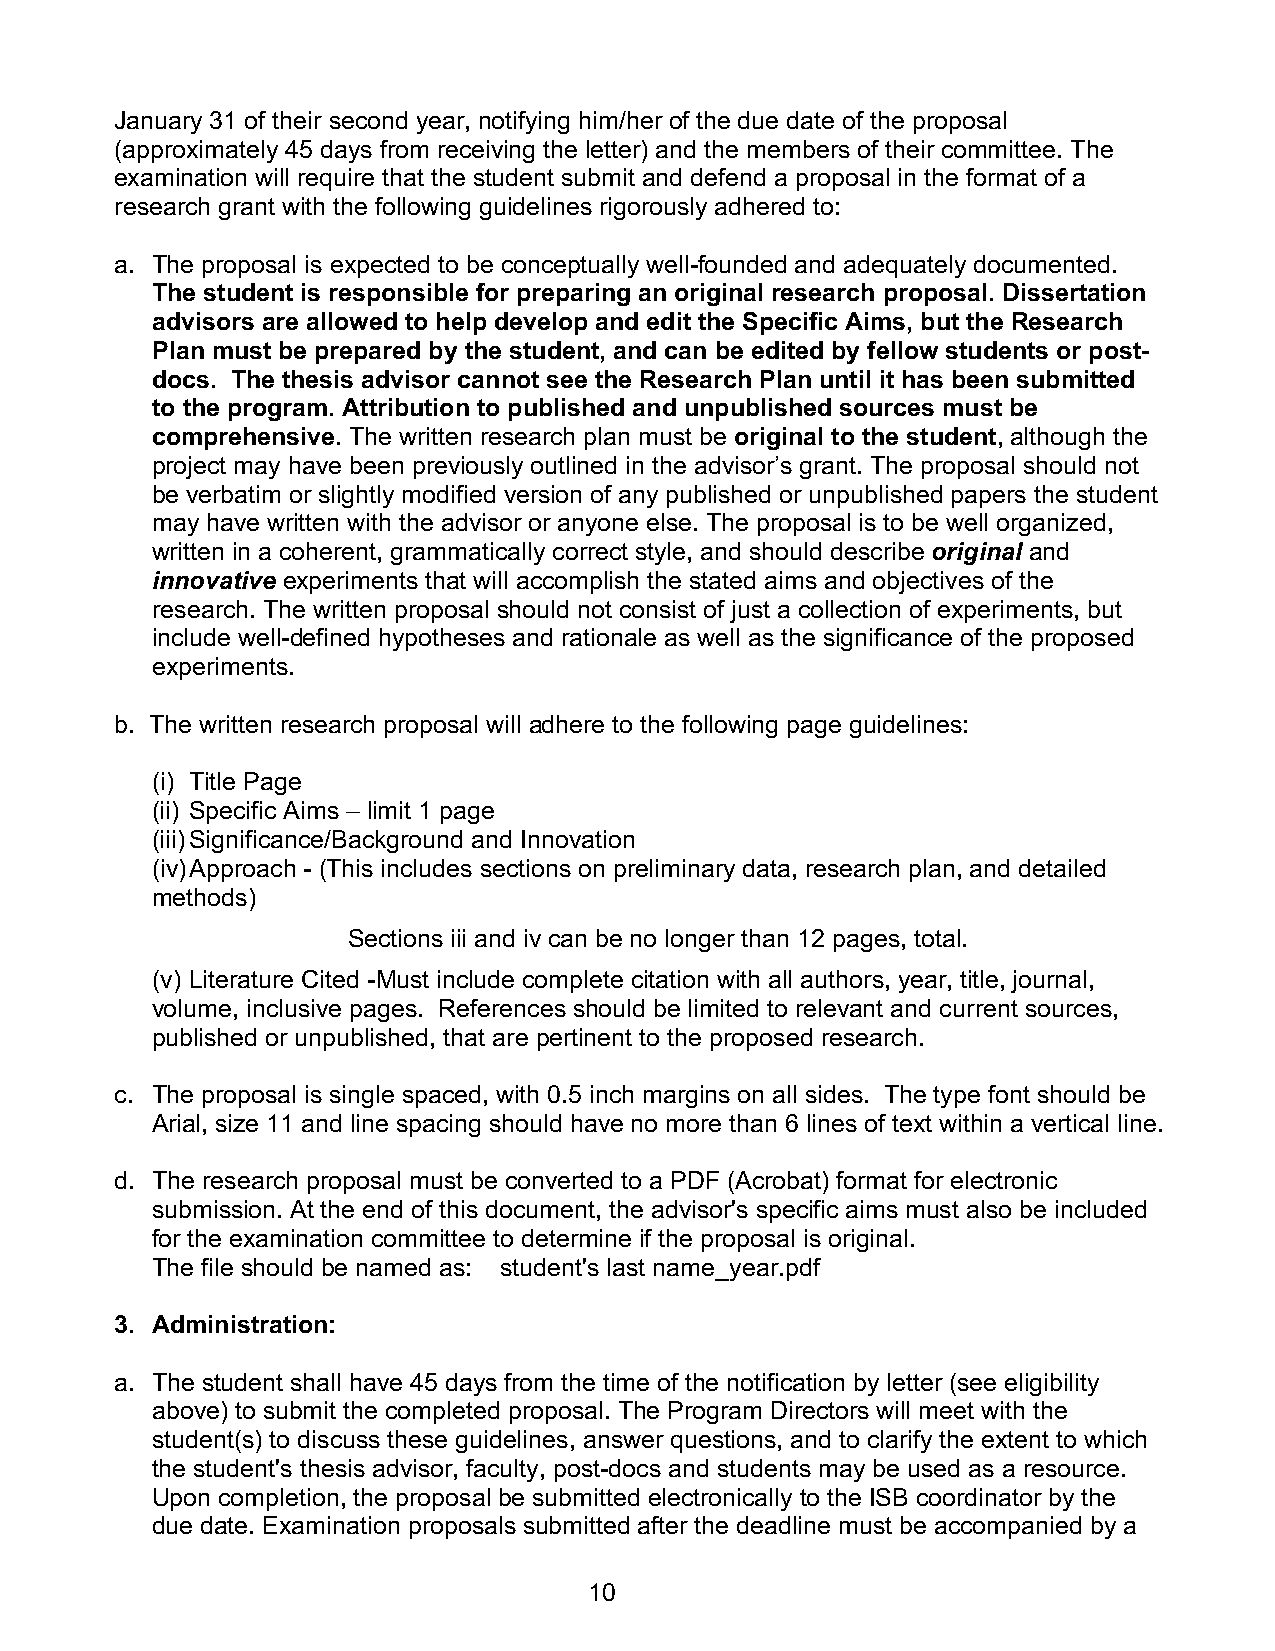
January 31 of their second year, notifying him/her of the due date of the proposal
 (approximately 45 days from receiving the letter) and the members of their committee. The
 examination will require that the student submit and defend a proposal in the format of a
 research grant with the following guidelines rigorously adhered to:
 a. The proposal is expected to be conceptually well-founded and adequately documented.
 The student is responsible for preparing an original research proposal. Dissertation
 advisors are allowed to help develop and edit the Specific Aims, but the Research
 Plan must be prepared by the student, and can be edited by fellow students or post-
 docs. The thesis advisor cannot see the Research Plan until it has been submitted
 to the program. Attribution to published and unpublished sources must be
 comprehensive. The written research plan must be original to the student, although the
 project may have been previously outlined in the advisor’s grant. The proposal should not
 be verbatim or slightly modified version of any published or unpublished papers the student
 may have written with the advisor or anyone else. The proposal is to be well organized,
 written in a coherent, grammatically correct style, and should describe original and
 innovative experiments that will accomplish the stated aims and objectives of the
 research. The written proposal should not consist of just a collection of experiments, but
 include well-defined hypotheses and rationale as well as the significance of the proposed
 experiments.
 b. The written research proposal will adhere to the following page guidelines:
 (i) Title Page
 (ii) Specific Aims – limit 1 page
 (iii) Significance/Background and Innovation
 (iv) Approach - (This includes sections on preliminary data, research plan, and detailed
 methods)
 Sections iii and iv can be no longer than 12 pages, total.
 (v) Literature Cited -Must include complete citation with all authors, year, title, journal,
 volume, inclusive pages. References should be limited to relevant and current sources,
 published or unpublished, that are pertinent to the proposed research.
 c. The proposal is single spaced, with 0.5 inch margins on all sides. The type font should be
 Arial, size 11 and line spacing should have no more than 6 lines of text within a vertical line.
 d. The research proposal must be converted to a PDF (Acrobat) format for electronic
 submission. At the end of this document, the advisor's specific aims must also be included
 for the examination committee to determine if the proposal is original.
 The file should be named as: student's last name_year.pdf
 3. Administration:
 a. The student shall have 45 days from the time of the notification by letter (see eligibility
 above) to submit the completed proposal. The Program Directors will meet with the
 student(s) to discuss these guidelines, answer questions, and to clarify the extent to which
 the student's thesis advisor, faculty, post-docs and students may be used as a resource.
 Upon completion, the proposal be submitted electronically to the ISB coordinator by the
 due date. Examination proposals submitted after the deadline must be accompanied by a
 10